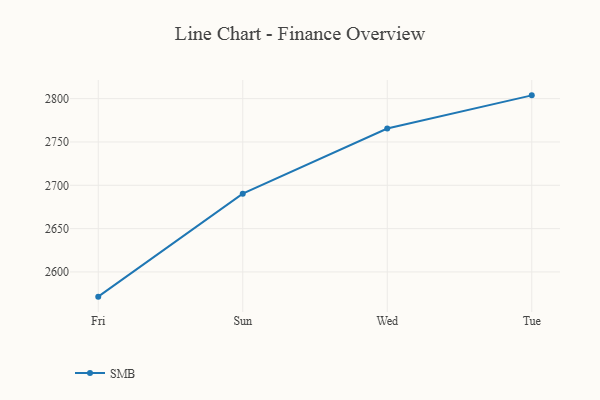
{"axis": {"x": "Day", "y": "Headcount"}, "legend": ["SMB"], "data": [{"x": "Fri", "y": 2571.5, "type": "SMB"}, {"x": "Sun", "y": 2690.3, "type": "SMB"}, {"x": "Wed", "y": 2765.5, "type": "SMB"}, {"x": "Tue", "y": 2803.8, "type": "SMB"}]}